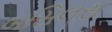
બસિલસ